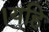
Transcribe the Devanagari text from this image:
।यहि